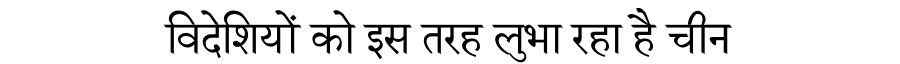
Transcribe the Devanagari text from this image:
विदेशियों को इस तरह लुभा रहा है चीन